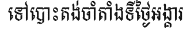
ទៅបោះតង់ចាំតាំងទីថ្ងៃអង្គារ